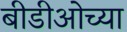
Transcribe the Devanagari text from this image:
बीडीओच्या